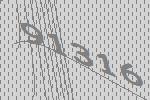
91316